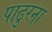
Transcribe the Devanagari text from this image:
पाढुरना